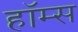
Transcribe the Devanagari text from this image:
हाॅम्स